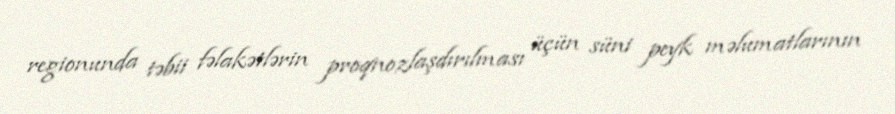
regionunda təbii fəlakətlərin proqnozlaşdırılması üçün süni peyk məlumatlarının